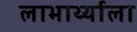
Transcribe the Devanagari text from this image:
लाभार्थ्याला